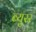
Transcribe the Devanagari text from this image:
ब्युरर